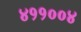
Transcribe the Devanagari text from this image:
४११००४